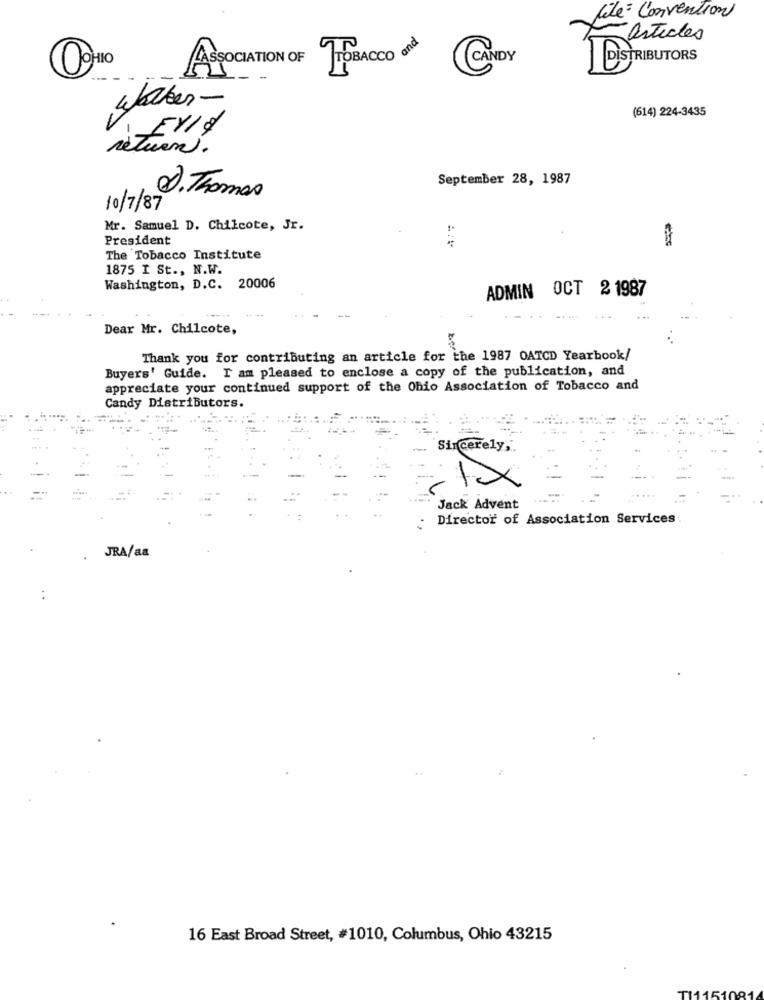
Cité Convention
articles
ASSOCIATION OF TOBACCO and
CANDY
O
DISTRIBUTORS
walker-
(614) 224-3435
return.
September 28, 1987
D. Thomas
10/7/87
Mr. Samuel D. Chilcote, Jr.
President
The Tobacco Institute
1875 I St ., N.W.
Washington, D.C. 20006
ADMIN OCT 2 1987
----
Dear Mr. Chilcote,
Thank you for contributing an article for the 1987 OATCD Yearbook/
Buyers' Guide. I am pleased to enclose a copy of the publication, and
appreciate your continued support of the Ohio Association of Tobacco and
Candy Distributors.
Sincerely,
Jack Advent
Director of Association Services
JRA/aa
:
16 East Broad Street, #1010, Columbus, Ohio 43215